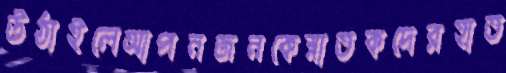
উঠাইলেআপনজনকেস্নাতকদেরহাত